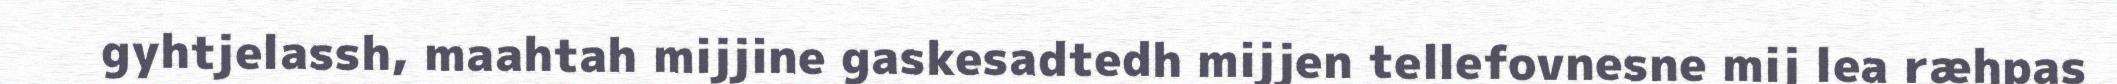
gyhtjelassh, maahtah mijjine gaskesadtedh mijjen tellefovnesne mij lea ræhpas